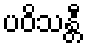
ပဝိသန္တီ